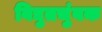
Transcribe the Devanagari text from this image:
विद्युतचुंबक